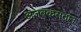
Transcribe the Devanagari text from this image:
अज़बकसतान